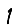
Digit: 1